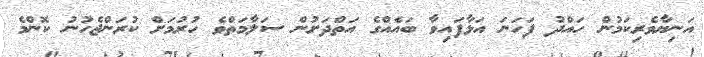
އަނިޔާވެރިކަމުން ހައްދު ފަހަނަ އަޅާފައިވާ ބައެއްގެ އަތްދަށުން ސަލާމަތްވެ ހުރުމަށް ކުރަންޖެހުނު ކޮންމެ